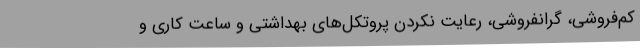
کم‌فروشی، گرانفروشی، رعایت نکردن پروتکل‌های بهداشتی و ساعت کاری و